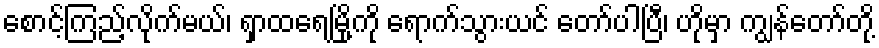
စောင့်ကြည့်လိုက်မယ်၊ ရှာထရေမြို့ကို ရောက်သွားယင် တော်ပါပြီ၊ ဟိုမှာ ကျွန်တော်တို့